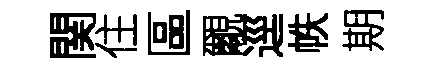
関住區覼逕帙期